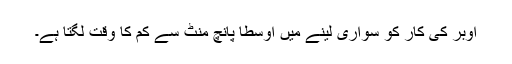
اوبر کی کار کو سواری لینے میں اوسطاً پانچ منٹ سے کم کا وقت لگتا ہے۔